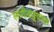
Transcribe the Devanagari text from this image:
लांगीट्युडनल